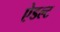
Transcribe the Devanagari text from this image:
ऐडल्ट